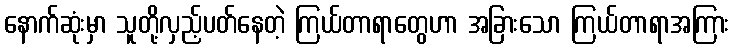
နောက်ဆုံးမှာ သူတို့လှည့်ပတ်နေတဲ့ ကြယ်တာရာတွေဟာ အခြားသော ကြယ်တာရာအကြား